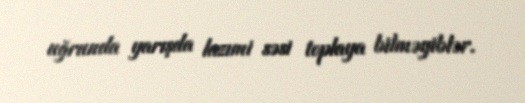
uğrunda yarışda lazımi səsi toplaya bilməyiblər.